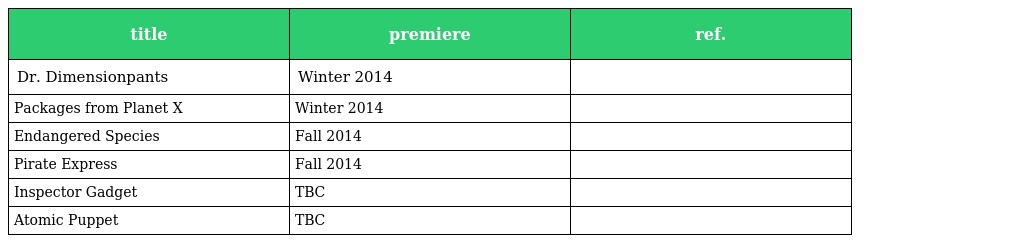
| title | premiere | ref. |
 | --- | --- | --- |
 | Dr. Dimensionpants | Winter 2014 |  |
 | Packages from Planet X | Winter 2014 |  |
 | Endangered Species | Fall 2014 |  |
 | Pirate Express | Fall 2014 |  |
 | Inspector Gadget | TBC |  |
 | Atomic Puppet | TBC |  |